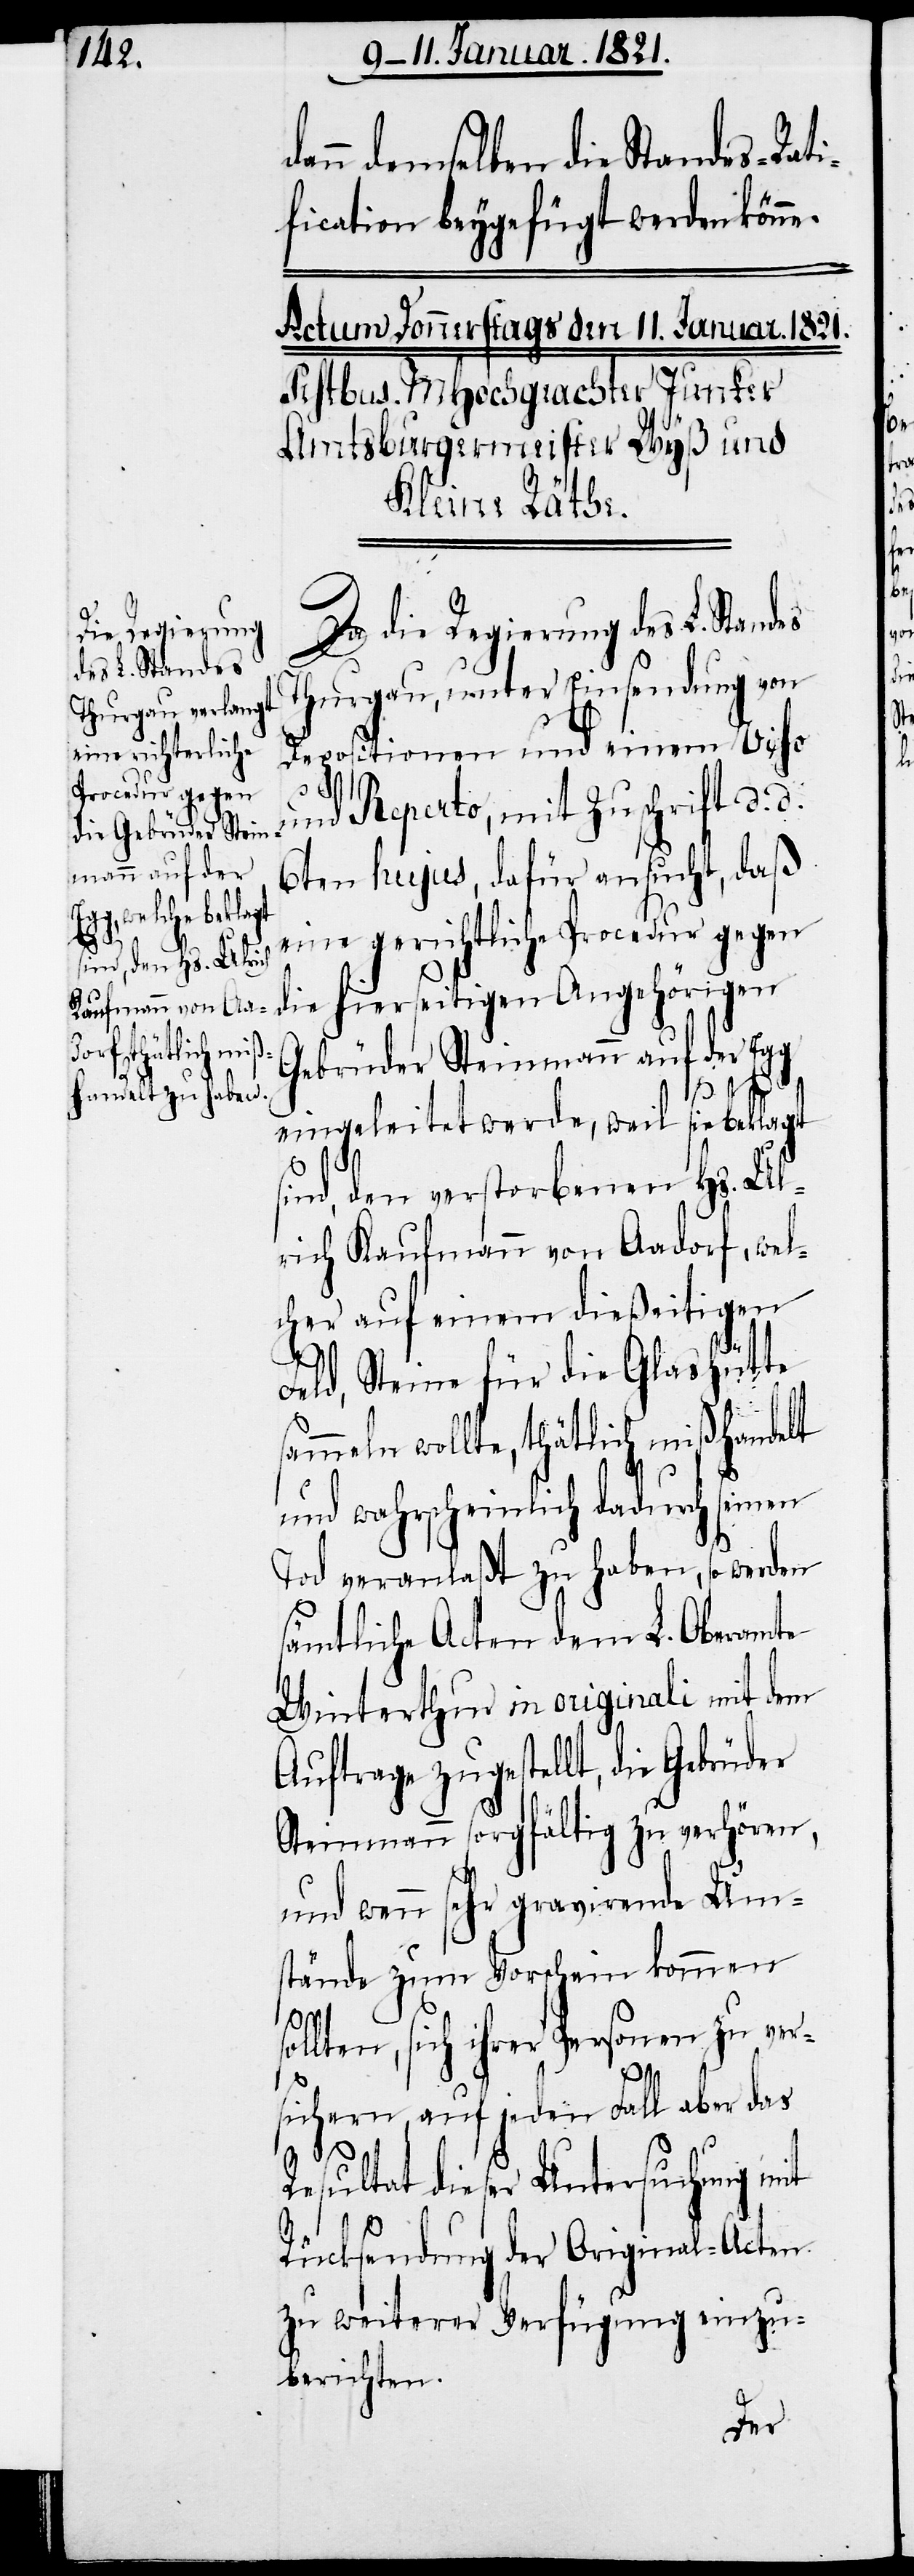
die Regierung
des L. Standes

dann demselben die Standes-Rati¬
fication beygefügt werden könne.
Thurgau, unter Einsendung von
Depositionen und einem Viso
und Reperto, mit Zuschrift d. d.
6ten hujus, dafür ansucht, daß
eine gerichtliche Procedur gegen
die hierseitigen Angehörigen
Gebrüder Steinmann auf der Egg
eingeleitet werde, weil sie beklagt
ind, den verstorbenen Hs. Ul¬
rich Kaufmann von Aadorf, wel¬
cher auf einem dießeitigen
Feld, Steine für die Glashütte
ammeln wollte, thätlich mißhandelt
und wahrscheinlich dadurch seinen
Tod veranlaßt zu haben, so werden
ämmtliche Acten dem L. Oberamte
Winterthur in originali mit dem
Auftrage zugestellt, die Gebrüder
Steinmann sorgfältig zu verhören,
und wenn sehr gravirende Ums¬
tände zum Vorschein kommen
sollten, sich ihrer Personen zu ver¬
sichern, auf jeden Fall aber das
Resultat dieser Untersuchung mit
s¬
Rücksendung der Original-Acten
zu weiterer Verfügung einzu¬
berichten.